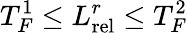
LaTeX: T_{F}^{1}\leq L_{\mathrm{rel}}^{r}\leq T_{F}^{2}